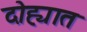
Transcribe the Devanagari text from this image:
दोह्यात